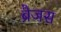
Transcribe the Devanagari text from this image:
ब्रैजस